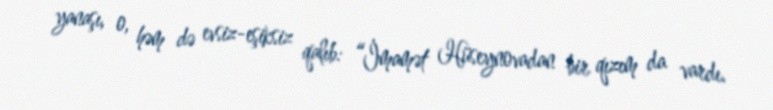
yanaşı, o, həm də evsiz-eşiksiz qalıb: “İmamət Hüseynovadan bir qızım da vardı.